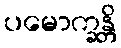
ပမောက္ခန္တိ